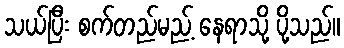
သယ်ပြီး စက်တည်မည့် နေရာသို့ ပို့သည်။